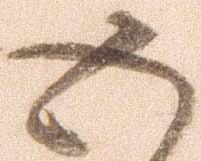
五